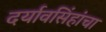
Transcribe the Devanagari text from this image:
दर्यावसिंहांचा